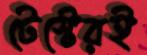
টেস্টেরই